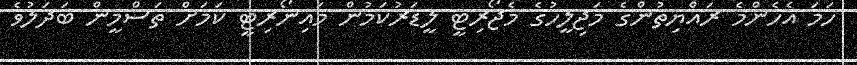
ހަމަ އެހެންމެ ރައްޔިތުންގެ މަޖިލީހުގެ މެޖޯރިޓީ ލީޑަރުކަމުން މައިނޯރިޓީ ކަމަށް ތަސްމީން ބަދަލުވެ